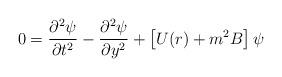
LaTeX: \begin{align*}0 = {\partial^2 \psi \over \partial t^2} - {\partial^2 \psi \over \partial y^2} + \left [U(r) + m^2 B\right] \psi\end{align*}